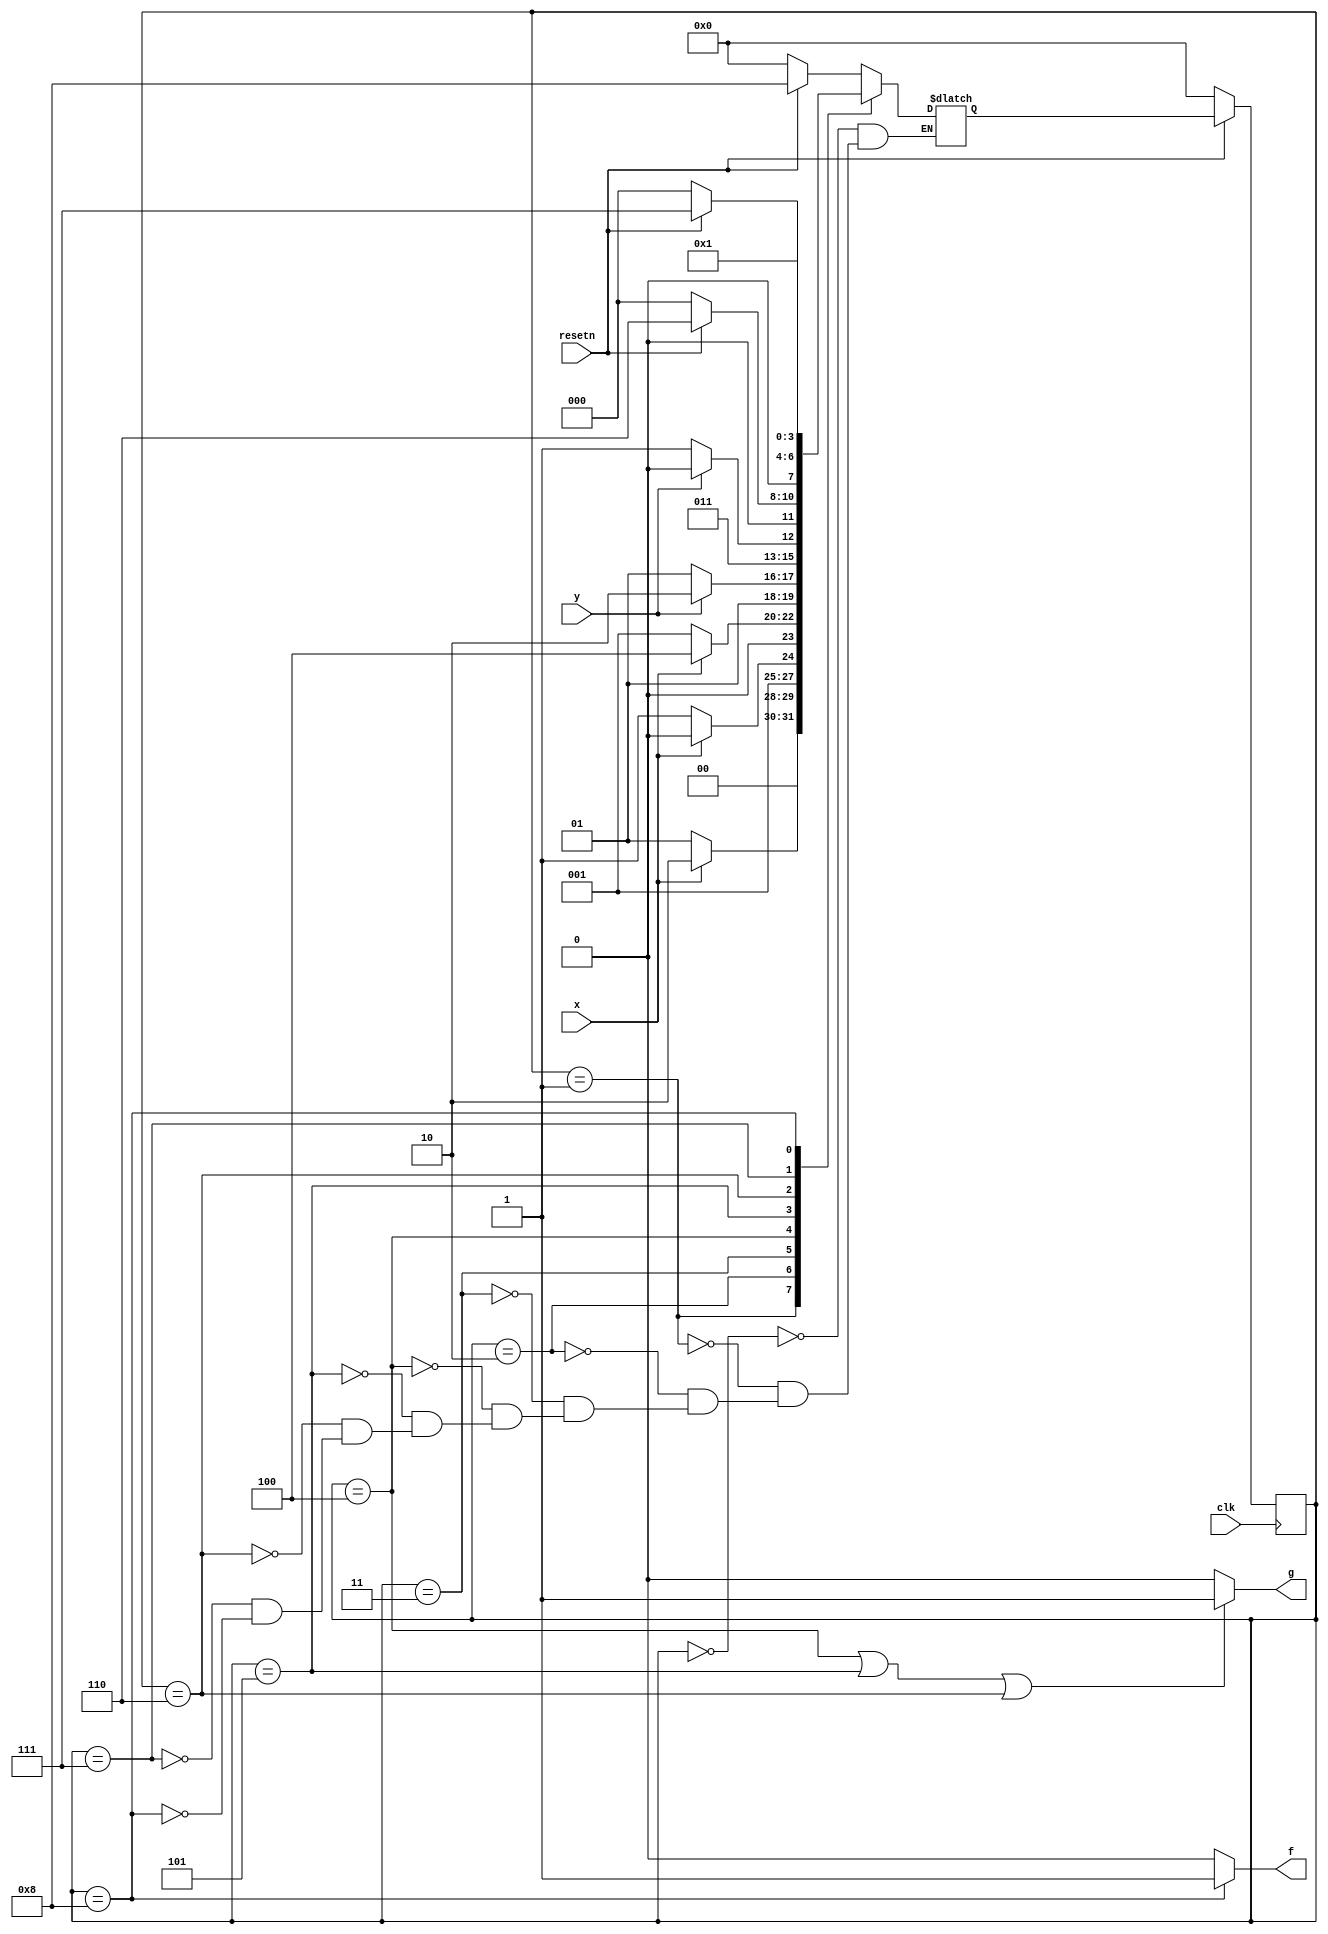
/*
Written by Aditya Wani
Github: https://github.com/25Aditya25
Solution to Sequential Logic -> Finite State Machnes -> exams_2013_q2bfsm
*/
module top_module (
    input clk,
    input resetn,    // active-low synchronous reset
    input x,
    input y,
    output f,
    output g
); 

    reg [3:0] state, next_state;
    
    parameter s0=4'd0, s1=4'd1, s2=4'd2, s3=4'd3, s4=4'd4, s5=4'd5, s6=4'd6, s7=4'd7, s8=4'd8;
    
    //Always Block for assigning next_state depending on input change and reset
    always@(*)
        begin
            case(state)
            	s0:
                    if(resetn==1'b0) begin
                        next_state<=s0;
                    end
               		else if(resetn==1'b1) begin
                    	next_state<=s8;
                    end
                s1:
                    if(x==1'b0) begin
                        next_state<=s1;
                    end
                	else if(x==1'b1) begin
                    	next_state<=s2;
                    end
                s2:
                    if(x==1'b0) begin
                        next_state<=s3;
                    end
               	 	else if(x==1'b1) begin
                    	next_state<=s2;
                    end
                s3:
                    if(x==1'b0) begin
                        next_state<=s1;
                    end
                	else if(x==1'b1) begin
                    	next_state<=s4;
                    end
                s4:
                    if(y==1'b0) begin
                        next_state<=s5;
                    end
                	else if(y==1'b1) begin
                    	next_state<=s6;
                    end
                s5:
                    if(y==1'b0) begin
                        next_state<=s7;
                    end
                	else if(y==1'b1) begin
                    	next_state<=s6;
                    end
                s6:
                    if(resetn==1'b0) begin
                        next_state<=s0;
                    end
                	else begin
                    	next_state<=s6;
                    end
                s7:
                    if(resetn==1'b0) begin
                        next_state<=s0;
                    end
                	else begin
                    	next_state<=s7;
                    end
                s8:
                    next_state<=s1;
                
            endcase
        end
    
    //Awlays Block to change state variable
    always@(posedge clk)
        begin
            if(resetn==1'b0) begin
                state<=s0;
            end
            else if(resetn==1'b1) begin
                state<=next_state;
            end
        	
        end
    
    //Output assignments
    assign f=(state==s8)?1'b1:1'b0;
    assign g=(state==s4 || state==s5 || state==s6)?1'b1:1'b0;
endmodule